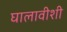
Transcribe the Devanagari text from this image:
घालावीशी